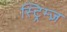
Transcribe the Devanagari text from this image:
स्ट्रिम्ज़